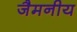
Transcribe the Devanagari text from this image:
जैमनीय